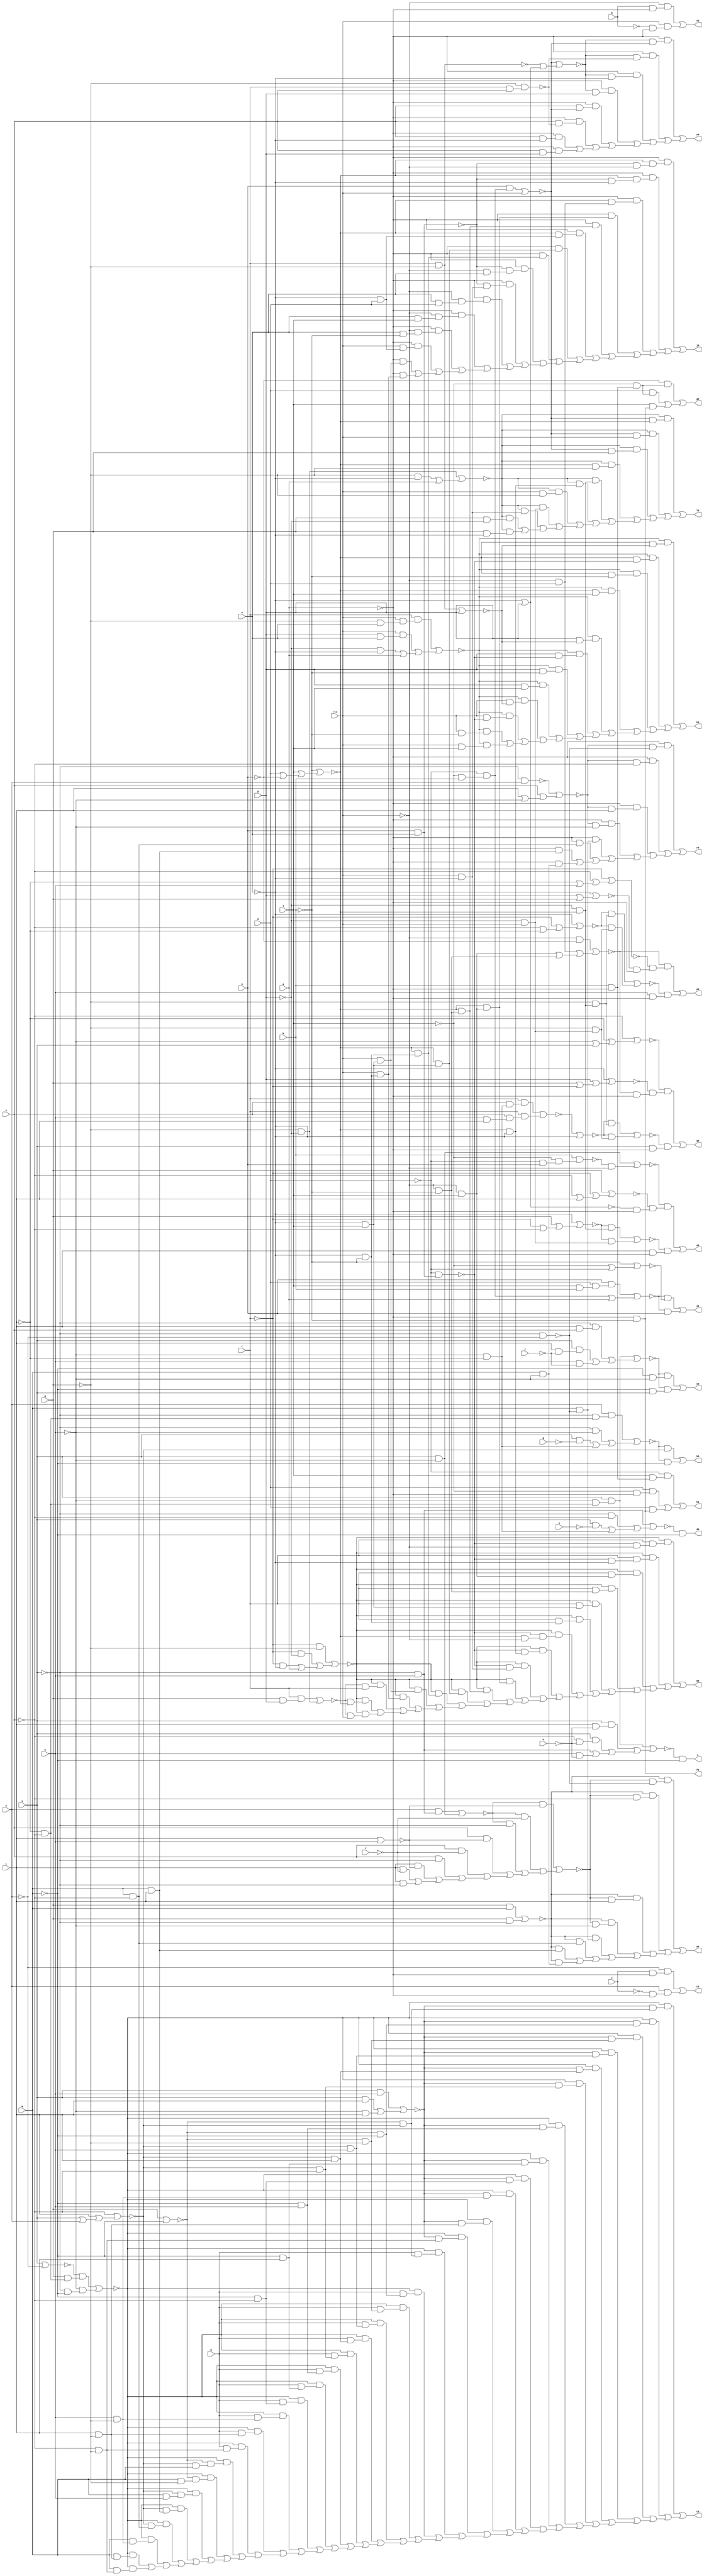
// IWLS benchmark module "ttt2" printed on Wed May 29 16:25:16 2002
module ttt2(a, b, c, e, f, g, h, i, j, k, l, m, n, o, p, q, r, s, t, u, v, w, \x , y, z, a0, b0, c0, d0, e0, f0, g0, h0, i0, j0, k0, l0, m0, n0, o0, p0, q0, r0, s0, t0);
input
  a,
  b,
  c,
  e,
  f,
  g,
  h,
  i,
  j,
  k,
  l,
  m,
  n,
  o,
  p,
  q,
  r,
  s,
  t,
  u,
  v,
  w,
  \x ,
  y;
output
  z,
  a0,
  b0,
  c0,
  d0,
  e0,
  f0,
  g0,
  h0,
  i0,
  j0,
  k0,
  l0,
  m0,
  n0,
  o0,
  p0,
  q0,
  r0,
  s0,
  t0;
wire
  \[5] ,
  \[6] ,
  \[7] ,
  \[8] ,
  \[9] ,
  \[20] ,
  a3,
  a4,
  b2,
  b4,
  c3,
  c4,
  d3,
  d4,
  e2,
  e4,
  f2,
  f3,
  f4,
  h2,
  h3,
  i3,
  j2,
  j3,
  k2,
  k3,
  l2,
  l3,
  m2,
  m3,
  n3,
  o2,
  o3,
  p1,
  p3,
  \[10] ,
  q3,
  \[11] ,
  r3,
  \[12] ,
  s3,
  \[13] ,
  t3,
  u1,
  u2,
  \[14] ,
  u3,
  v2,
  \[15] ,
  v3,
  \[0] ,
  w1,
  \[16] ,
  w3,
  \[1] ,
  x1,
  x2,
  \[17] ,
  x3,
  \[2] ,
  \[18] ,
  y3,
  \[3] ,
  z1,
  \[19] ,
  z3,
  \[4] ;
assign
  \[5]  = (~o2 & (~w & ~u)) | (~o2 & (~w & v)),
  \[6]  = ~a & ~k,
  \[7]  = (~n & (~l & (k & ~a))) | ((m & (~l & (k & ~a))) | (l & (~k & ~a))),
  \[8]  = (~m & (l & (k & ~a))) | ((m & (~l & ~a)) | (m & (~k & ~a))),
  \[9]  = (~v2 & ~u2) | (~v2 & n),
  \[20]  = (~y & (c & ~a)) | (y & (~c & ~a)),
  z = \[0] ,
  a0 = \[1] ,
  a3 = ~k | (l | (m | ~n)),
  a4 = ~s | (~t | (~u | v)),
  b0 = \[2] ,
  b2 = (y & (~v & u)) | (v & ~u),
  b4 = (~c4 & (~q & (~p & ~a3))) | (~c4 & (~q & (~p & \x ))),
  c0 = \[3] ,
  c3 = ~m & (n & o),
  c4 = ~d4 | ~o,
  d0 = \[4] ,
  d3 = (r & ~q) | p,
  d4 = (r & (s & (~u & ~t))) | (r & (s & (u & t))),
  e0 = \[5] ,
  e2 = ~s | (t | (v | y)),
  e4 = ~f4 | (s | (t | ~u)),
  f0 = \[6] ,
  f2 = (y & (~v & (~t & ~s))) | ((~v & ~u) | ((v & ~g) | (~u & ~t))),
  f3 = (r & (\x  & (~q & o))) | ((\x  & (p & o)) | ((~p & ~o) | a)),
  f4 = ~v & y,
  g0 = \[7] ,
  h0 = \[8] ,
  h2 = q | ~w,
  h3 = (n & (~m & (~l & k))) | \x ,
  i0 = \[9] ,
  i3 = (~q & ~p) | ((~q & ~o) | a),
  j0 = \[10] ,
  j2 = (v & u) | ((v & t) | (~u & t)),
  j3 = (r & (q & p)) | (~q & ~p),
  k0 = \[11] ,
  k2 = (~l2 & (q & (~s & ~t))) | (~u & (~v & ~w)),
  k3 = (~r & ~q) | ((~r & ~p) | ((~r & ~o) | a)),
  l0 = \[12] ,
  l2 = v | ~y,
  l3 = ~q & (r & s),
  m0 = \[13] ,
  m2 = (~v & u) | ((~v & ~s) | ((v & ~i) | (~u & ~t))),
  m3 = ~h3 | (~n3 | (~o | p)),
  n0 = \[14] ,
  n3 = ~q & r,
  o0 = \[15] ,
  o2 = (v & (~u & (~t & ~s))) | ((~v & (t & s)) | ((v & (t & ~j)) | (u & ~j))),
  o3 = ~o | p,
  p0 = \[16] ,
  p1 = (v & (~u & (~t & ~s))) | ((v & (t & ~e)) | ((v & (~s & ~e)) | ((~v & u) | (u & ~e)))),
  p3 = q | (~r | (~s | t)),
  q0 = \[17] ,
  \[10]  = (~a & (~a3 & (~x2 & ~\x ))) | ((~a & (~a3 & (~x2 & ~o))) | ((~a & (~a3 & (~\x  & m))) | ((~a & (~a3 & (~\x  & l))) | ((~a & (~a3 & (~\x  & ~k))) | ((~a & (~a3 & (~o & m))) | ((~a & (~a3 & (~o & l))) | ((~a & (~a3 & (~o & ~k))) | ((~a & (~x2 & (~\x  & o))) | ((~a & (~x2 & (\x  & ~o))) | ((~a & (~\x  & (o & m))) | ((~a & (~\x  & (o & l))) | ((~a & (~\x  & (o & ~k))) | ((~a & (\x  & (~o & m))) | ((~a & (\x  & (~o & l))) | (~a & (\x  & (~o & ~k))))))))))))))))),
  q3 = (~u & v) | (~t3 & ~\x ),
  r0 = \[18] ,
  \[11]  = (~f3 & (~a3 & ~d3)) | ((~f3 & (~a3 & ~c3)) | ((~f3 & (~a3 & ~k)) | ((~f3 & (~a3 & l)) | ((~f3 & (p & ~d3)) | ((~f3 & (p & ~c3)) | ((~f3 & (p & ~k)) | ((~f3 & (p & l)) | ((~f3 & (\x  & ~d3)) | ((~f3 & (\x  & ~c3)) | ((~f3 & (\x  & ~k)) | (~f3 & (\x  & l)))))))))))),
  r3 = (~s3 & (~p & ~a3)) | (~s3 & (~p & \x )),
  s0 = \[19] ,
  \[12]  = (~i3 & (~h3 & ~a3)) | ((~i3 & (~h3 & \x )) | ((~i3 & (~h3 & q)) | ((~i3 & (~a3 & ~q)) | ((~i3 & (~a3 & ~p)) | ((~i3 & (~a3 & ~o)) | ((~i3 & (\x  & ~q)) | ((~i3 & (\x  & ~p)) | ((~i3 & (\x  & ~o)) | ((~i3 & (q & ~p)) | (~i3 & (q & ~o))))))))))),
  s3 = ~o | (q | (~r | ~s)),
  t0 = \[20] ,
  \[13]  = (~k3 & (r & (~c3 & ~\x ))) | ((~k3 & (r & (~c3 & ~o))) | ((~k3 & (r & (~\x  & l))) | ((~k3 & (r & (~\x  & ~k))) | ((~k3 & (r & (~o & l))) | ((~k3 & (r & (~o & ~k))) | ((~k3 & (~c3 & (~a3 & ~\x ))) | ((~k3 & (~c3 & (~a3 & ~o))) | ((~k3 & (~c3 & (\x  & ~o))) | ((~k3 & (~a3 & (~\x  & l))) | ((~k3 & (~a3 & (~\x  & ~k))) | ((~k3 & (~a3 & (~o & l))) | ((~k3 & (~a3 & (~o & ~k))) | ((~k3 & (\x  & (~o & l))) | ((~k3 & (\x  & (~o & ~k))) | ((~k3 & (~j3 & r)) | ((~k3 & (~j3 & ~a3)) | (~k3 & (~j3 & \x )))))))))))))))))),
  t3 = k & (~l & (~m & n)),
  u1 = ~v & ~y,
  u2 = ~k | (~l | ~m),
  \[14]  = (~a & (~m3 & ~h3)) | ((~a & (~m3 & ~l3)) | ((~a & (~m3 & ~o)) | ((~a & (~m3 & p)) | ((~a & (s & ~h3)) | ((~a & (s & ~l3)) | ((~a & (s & ~o)) | (~a & (s & p)))))))),
  u3 = ~o | (p | q),
  v2 = (n & (m & (l & k))) | ((~m & (~l & k)) | a),
  \[15]  = (~q3 & (~p3 & (~o3 & ~a))) | (~r3 & (t & ~a)),
  v3 = ~r | (~s | (~t | u)),
  \[0]  = ~p1 & ~w,
  w1 = (~b2 & ~z1) | ((~b2 & ~f) | ((~b2 & ~v) | ((s & ~z1) | ((s & ~f) | ((s & ~v) | ((t & ~z1) | ((t & ~f) | (t & ~v)))))))),
  \[16]  = (~w3 & (~v3 & (~u3 & ~a))) | (~x3 & (u & ~a)),
  w3 = (~\x  & ~n) | ((~\x  & m) | ((~\x  & l) | (~\x  & ~k))),
  \[1]  = (~x1 & (~w1 & ~u1)) | ((~x1 & (~w1 & ~s)) | ((~x1 & (~w1 & t)) | ((~x1 & (~w1 & ~u)) | ((~x1 & (w & ~u1)) | ((~x1 & (w & ~s)) | ((~x1 & (w & t)) | (~x1 & (w & ~u)))))))),
  x1 = (q & w) | (q & ~v),
  x2 = n & o,
  \[17]  = (~a4 & (~z3 & (~w3 & ~a))) | (~b4 & (v & ~a)),
  x3 = (~y3 & (~q & (~p & ~a3))) | (~y3 & (~q & (~p & \x ))),
  \[2]  = (~f2 & ~e2) | (~f2 & ~w),
  \[18]  = (~a & (~e4 & ~u1)) | ((~a & (~e4 & ~s)) | ((~a & (~e4 & t)) | ((~a & (~e4 & ~u)) | ((~a & (w & ~u1)) | ((~a & (w & ~s)) | ((~a & (w & t)) | (~a & (w & ~u)))))))),
  y3 = ~o | (~r | (~s | ~t)),
  \[3]  = (~k2 & (~j2 & (~h2 & ~e2))) | ((~k2 & (~j2 & (~h2 & ~w))) | ((~k2 & (~j2 & (~h2 & ~q))) | ((~k2 & (~j2 & (~e2 & u))) | ((~k2 & (~j2 & (~e2 & t))) | ((~k2 & (~j2 & (~e2 & ~s))) | ((~k2 & (~j2 & (~w & u))) | ((~k2 & (~j2 & (~w & t))) | ((~k2 & (~j2 & (~w & ~s))) | ((~k2 & (~j2 & (u & ~q))) | ((~k2 & (~j2 & (t & ~q))) | ((~k2 & (~j2 & (~s & ~q))) | ((~k2 & (h & (~h2 & ~e2))) | ((~k2 & (h & (~h2 & ~w))) | ((~k2 & (h & (~h2 & ~q))) | ((~k2 & (h & (~e2 & u))) | ((~k2 & (h & (~e2 & t))) | ((~k2 & (h & (~e2 & ~s))) | ((~k2 & (h & (~w & u))) | ((~k2 & (h & (~w & t))) | ((~k2 & (h & (~w & ~s))) | ((~k2 & (h & (u & ~q))) | ((~k2 & (h & (t & ~q))) | ((~k2 & (h & (~s & ~q))) | ((~k2 & (~h2 & (~e2 & w))) | ((~k2 & (~h2 & (w & ~q))) | ((~k2 & (~e2 & (w & u))) | ((~k2 & (~e2 & (w & t))) | ((~k2 & (~e2 & (w & ~s))) | ((~k2 & (w & (u & ~q))) | ((~k2 & (w & (t & ~q))) | (~k2 & (w & (~s & ~q))))))))))))))))))))))))))))))))),
  z1 = t | u,
  \[19]  = (~\x  & (b & ~a)) | (\x  & (~b & ~a)),
  z3 = ~o | (p | (q | ~r)),
  \[4]  = ~m2 & ~w;
endmodule